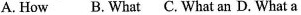
A. How B. What C. What an D. What a